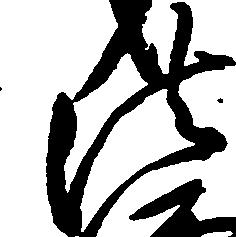
法